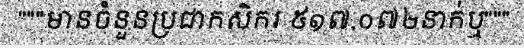
"""មានចំនួនប្រជាកសិករ ៥១៧,០៧២នាក់ឬ"""